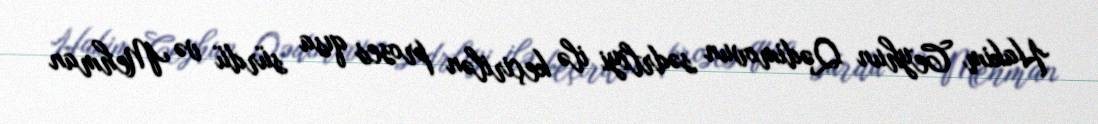
Hakim Ceyhun Qədimovun sədrliyi ilə keçirilən proses qısa sürdü və Mehman